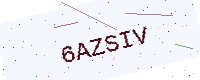
Text: 6AZSIV